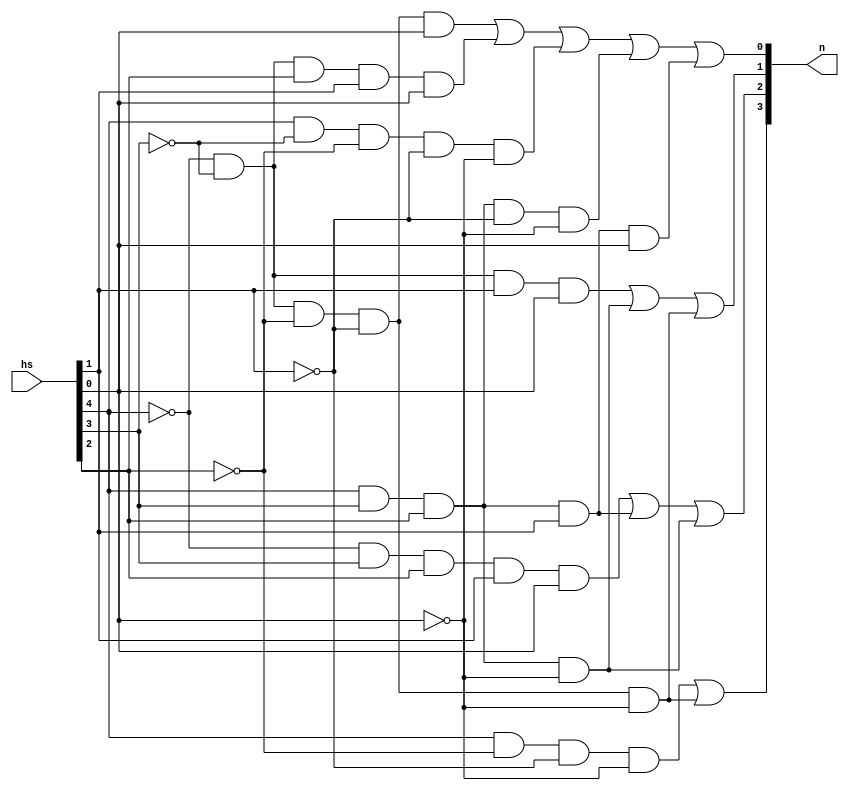
module b_1_converter(hs, n);
	input [4:0] hs;
	output [3:0] n;

	// fill in your implementation below
wire [3:0] temp;

// 2-level AND-OR circuit
assign temp[0] = ((~hs[4])&(~hs[3])&(~hs[2])&(~hs[1])&hs[0])|((~hs[4])&(~hs[3])&hs[2]&hs[1]&hs[0])|(hs[4]&(~hs[3])&(~hs[2])&(~hs[1])&(~hs[0]))|(hs[4]&hs[3]&hs[2]&(~hs[1])&(~hs[0]))|(hs[4]&hs[3]&hs[2]&hs[1]&hs[0]); // first bit
assign temp[1] = ((~hs[4])&(~hs[3])&hs[1]&hs[0])|(hs[4]&hs[3]&hs[2]&(~hs[0]))|((~hs[4])&(~hs[3])&(~hs[2])&(~hs[1])&(~hs[0])); // second bit
assign temp[2] = ((~hs[4])&hs[3]&hs[2]&hs[1]&hs[0])|(hs[4]&hs[3]&hs[2]&hs[1])|(hs[4]&hs[3]&hs[2]&(~hs[0])); // third bit
assign temp[3] = (hs[4]&(~hs[2])&(~hs[1])&(~hs[0]))|((~hs[4])&(~hs[3])&(~hs[2])&(~hs[1])&(~hs[0])); // forth bit

assign n = temp[3:0]; // put the total output after combine the each bits

endmodule